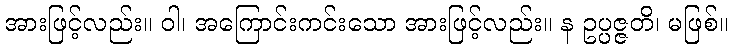
အားဖြင့်လည်း။ ဝါ၊ အကြောင်းကင်းသော အားဖြင့်လည်း။ န ဥပ္ပဇ္ဇတိ၊ မဖြစ်။